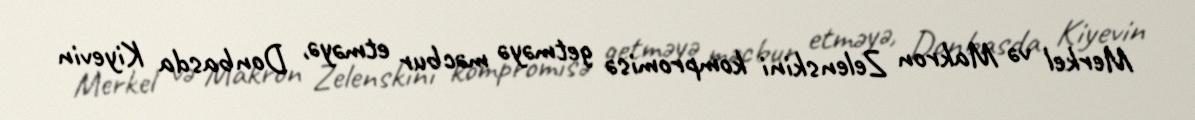
Merkel və Makron Zelenskini kompromisə getməyə məcbur etməyə, Donbasda Kiyevin